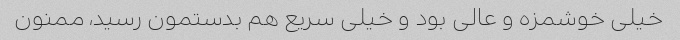
خیلی خوشمزه و عالی بود و خیلی سریع هم بدستمون رسید، ممنون